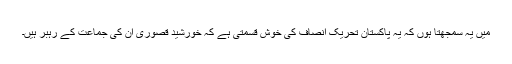
میں یہ سمجھتا ہوں کہ یہ پاکستان تحریک انصاف کی خوش قسمتی ہے کہ خورشید قصوری اُن کی جماعت کے رہبر ہیں۔